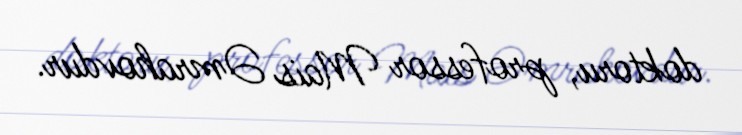
doktoru, professor Mais Əmrahovdur.